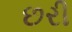
છરી